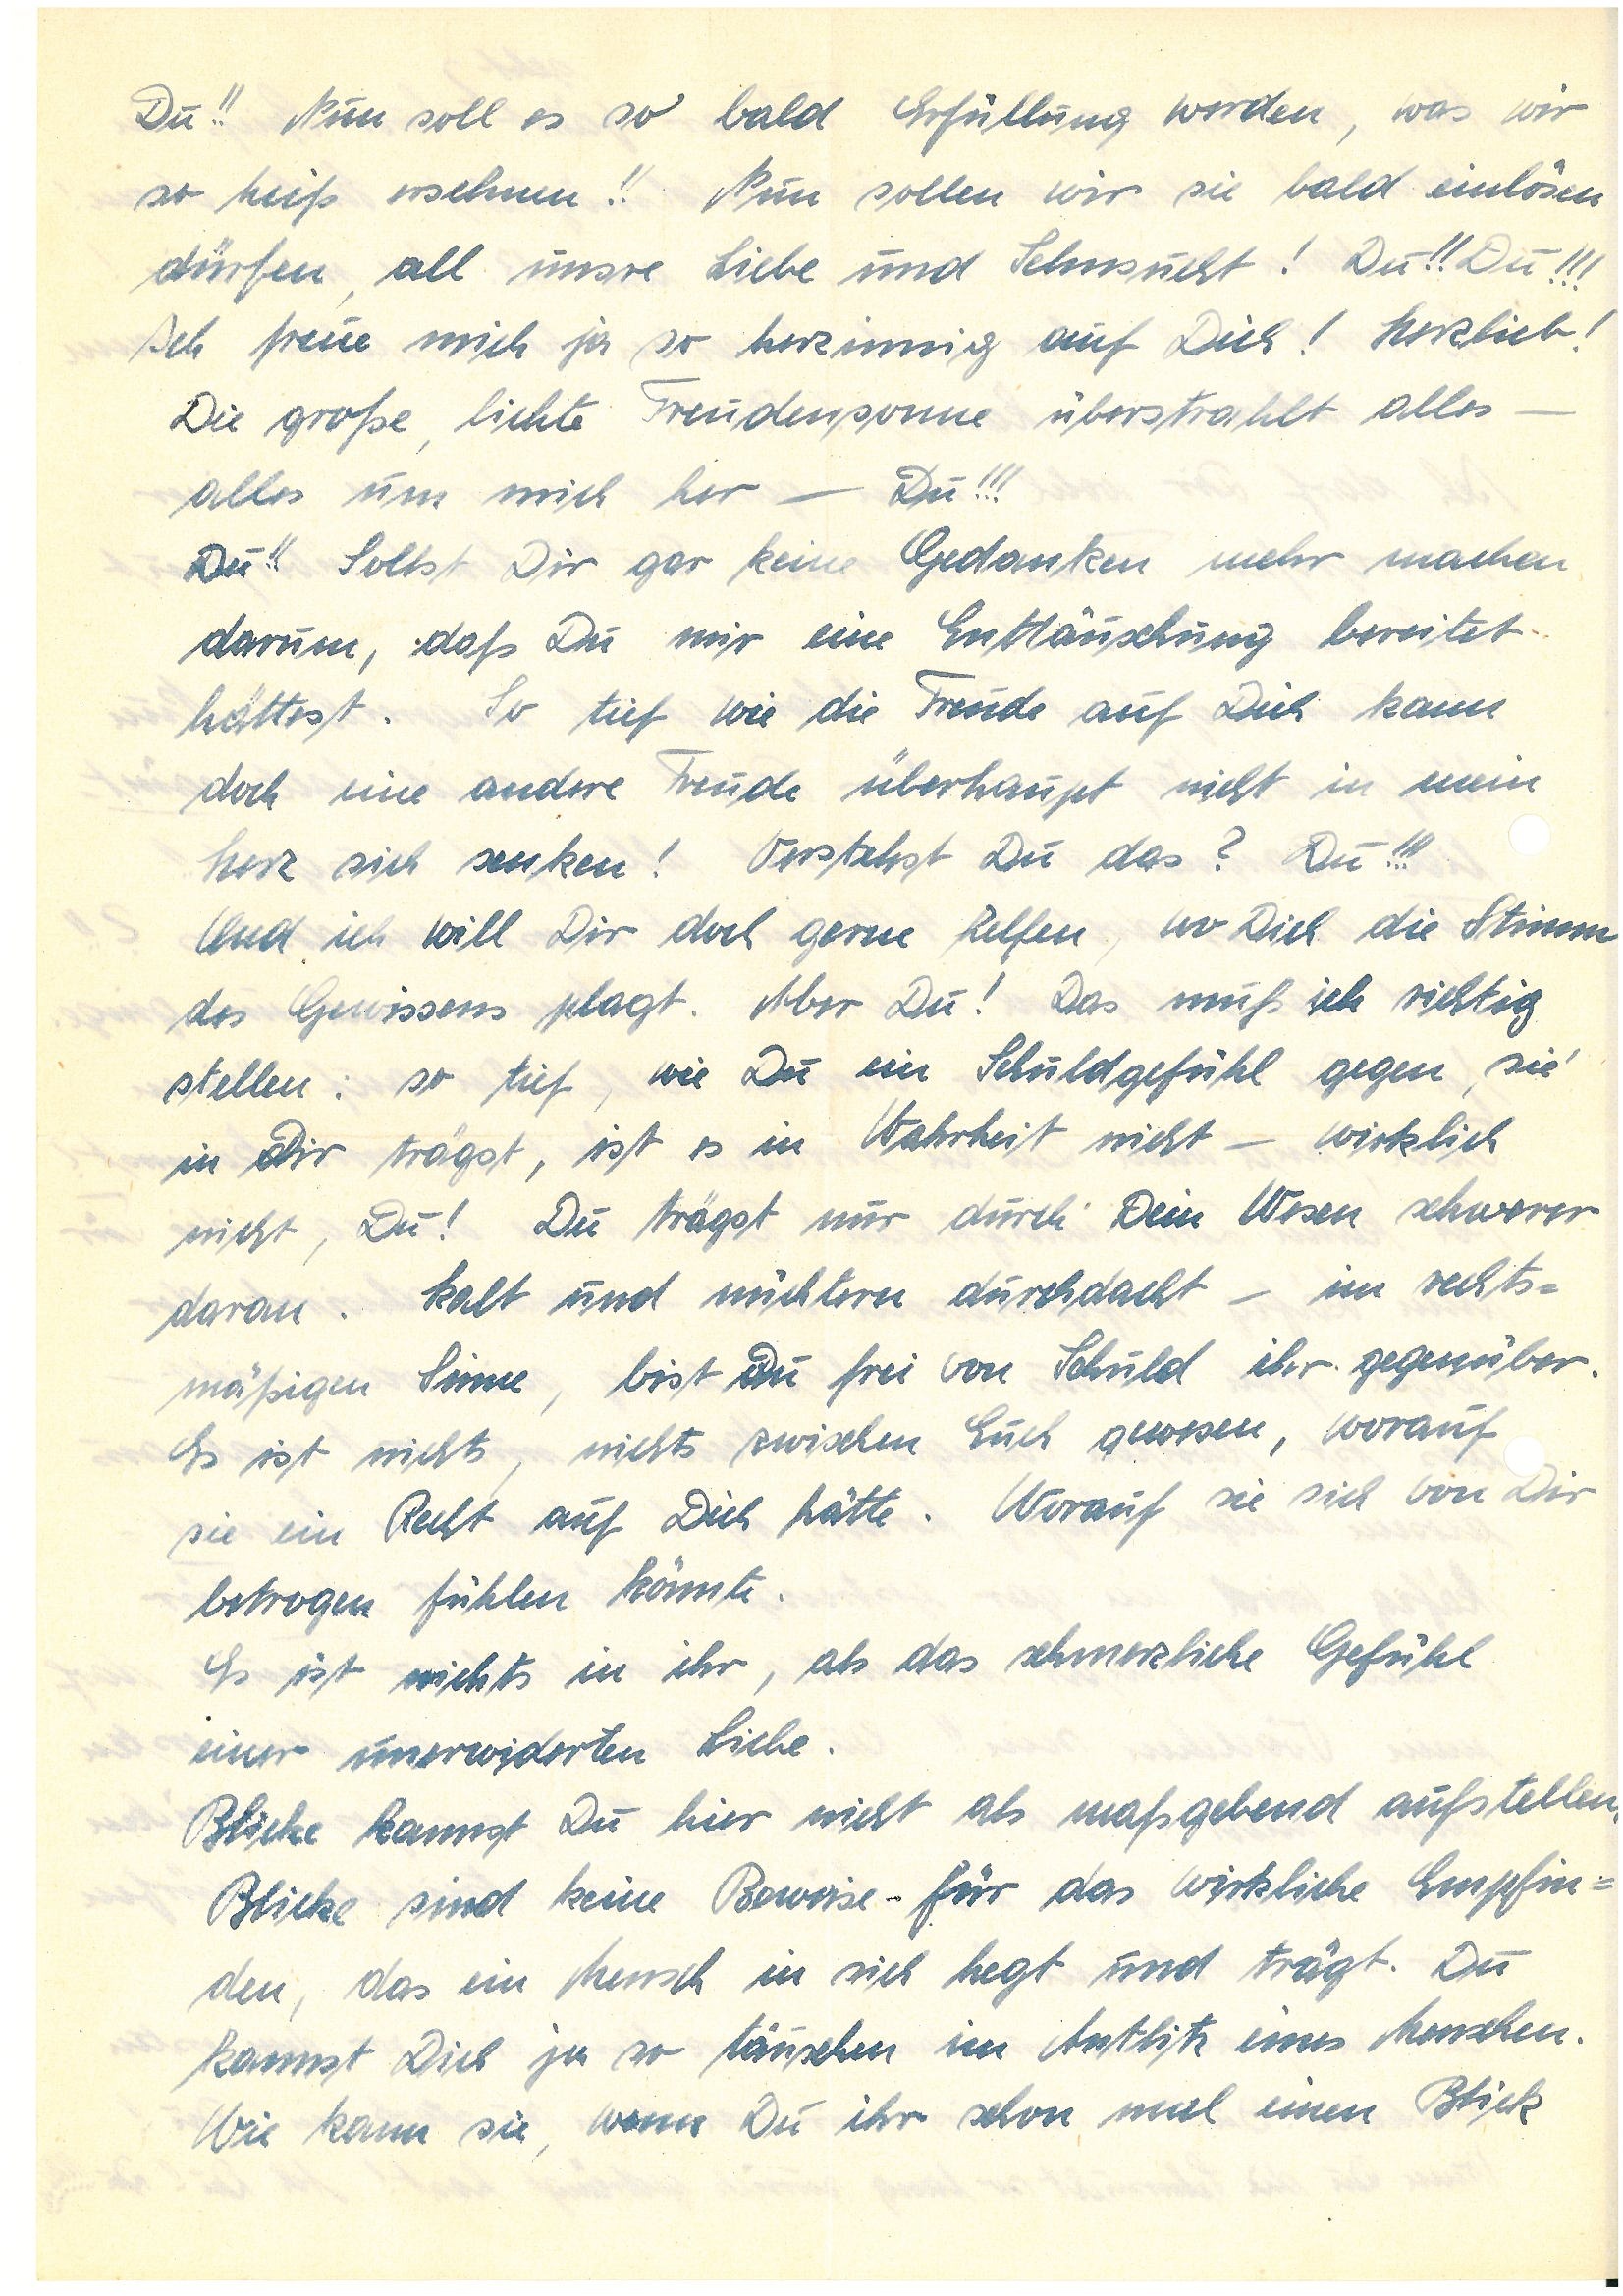
Du!! Nun soll es so bald Erfüllung werden, was wir
so heiß ersehnen!! Nun sollen wir sie bald einlösen
dürfen, all unsre Liebe und Sehnsucht! Du!! Du!!!
Ich freue mich ja so herzinnig auf Dich! Herzlieb!
Die große, lichte Freudensonne überstrahlt alles –
alles um mich her – Du!!!
Du!! Sollst Dir gar keine Gedanken mehr machen
darum, daß Du mir eine Enttäuschung bereitet
hättest. So tief wie die Freude auf Dich kann
doch eine andere Freude überhaupt nicht in mein
Herz sich senken! Verstehst Du das? Du!!!
Und ich will Dir doch gerne helfen wo Dich die Stimme
des Gewissens plagt. Aber Du! Das muß ich richtig
stellen: so tief, wie Du ein Schuldgefühl gegen ,sie´
in Dir trägst, ist es in Wahrheit nicht – wirklich
nicht, Du! Du trägst nur durch dein Wesen schwerer
daran. Kalt und nüchtern durchdacht – im recht¬
mäßigen Sinne, bist Du frei von Schuld ihr gegenüber.
Es ist nichts, nichts zwischen Euch gewesen, worauf
sie ein Recht auf Dich hätte. Worauf sie sich von Dir
betrogen fühlen könnte.
Es ist nichts in ihr, als das schmerzliche Gefühl
einer unerwiderten Liebe.
Blicke kannst Du hier nicht als maßgebend aufstellen.
Blicke sind keine Beweise – für das wirkliche Empfin¬
den, das ein Mensch in sich hegt und trägt. Du
kannst Dich ja so täuschen im Antlitz eines Menschen.
Wie kann sie, wenn Du ihr schon mal einen Blick